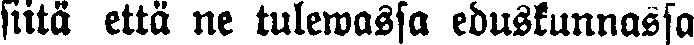
fiitä että ne tulewassa eduskunnassa